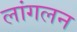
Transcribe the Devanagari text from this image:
लांगलन